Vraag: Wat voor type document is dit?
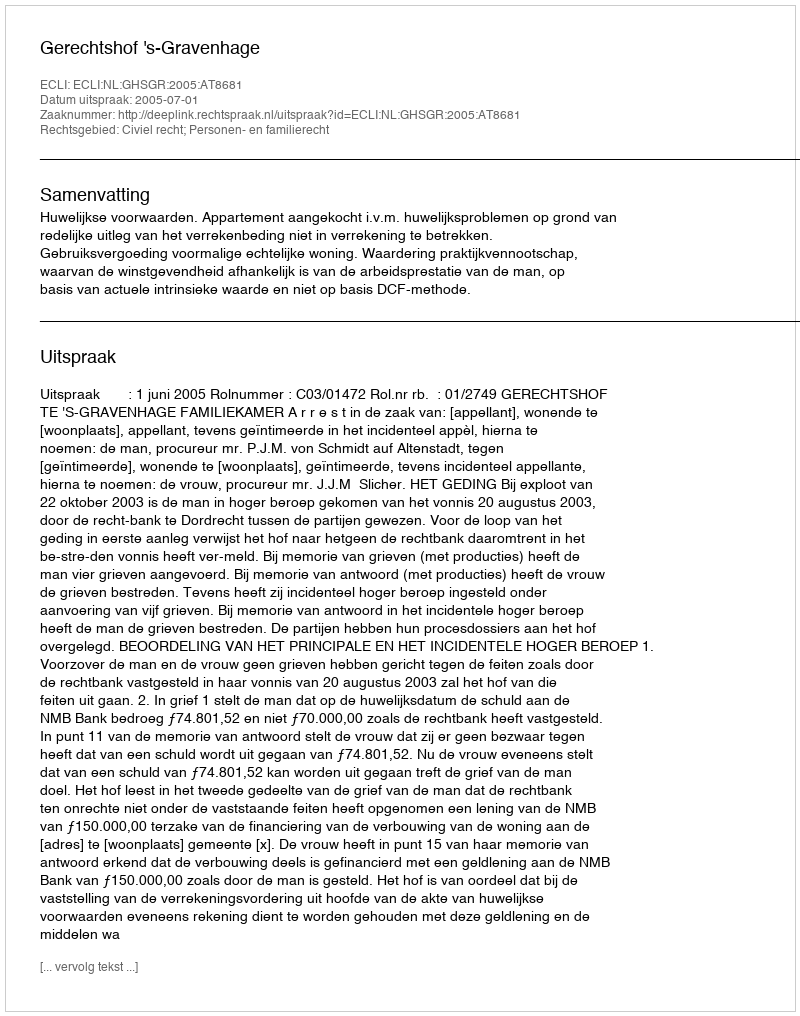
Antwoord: Uitspraak